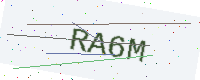
Text: RA6M